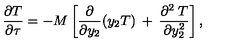
\frac { \partial { T } } { \partial \tau } = - M \left[ \frac { \partial } { \partial y _ { 2 } } ( y _ { 2 } { T } ) \: + \: \frac { \partial ^ { 2 } \: { T } } { \partial y _ { 2 } ^ { 2 } } \right] ,